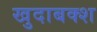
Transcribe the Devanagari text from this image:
खुदाबक्‍श